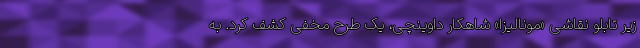
زیر تابلو نقاشی «مونالیزا» شاهکار داوینچی، یک طرح مخفی کشف کرد. به